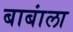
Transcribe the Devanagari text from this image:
बाबांला